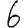
Digit: 6